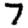
Digit: 7